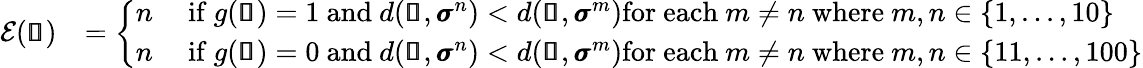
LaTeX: \begin{array}{rl}{\mathcal{E}(\pmb{\mathscr{s}})}&{=\left\{ \begin{array}{ll}{n}&{\mathrm{~if~}g(\pmb{\mathscr{s}})=1\mathrm{~and~}d(\pmb{\mathscr{s}},\pmb{\sigma}^{n})<d(\pmb{\mathscr{s}},\pmb{\sigma}^{m})\mathrm{for~each~}m\neq n\mathrm{~where~}m,n\in\{ 1,...,10\} }\\ {n}&{\mathrm{~if~}g(\pmb{\mathscr{s}})=0\mathrm{~and~}d(\pmb{\mathscr{s}},\pmb{\sigma}^{n})<d(\pmb{\mathscr{s}},\pmb{\sigma}^{m})\mathrm{for~each~}m\neq n\mathrm{~where~}m,n\in\{ 11,...,100\} }\end{array}\right.}\end{array}